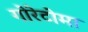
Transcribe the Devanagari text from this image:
गोरेटोमा